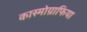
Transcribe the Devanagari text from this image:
कास्मोग्राफिया